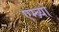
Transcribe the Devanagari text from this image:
एम्ब्र्यो